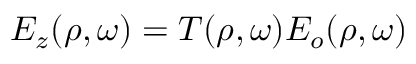
E _ { z } ( \rho , \omega ) = T ( \rho , \omega ) E _ { o } ( \rho , \omega )